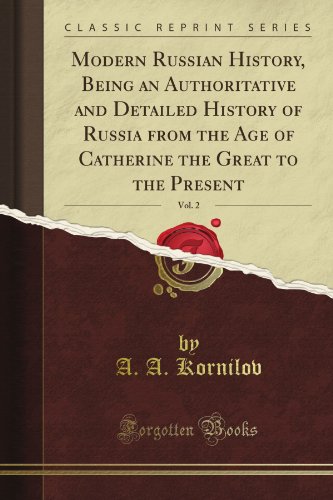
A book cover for Modern Russian History, Being an Authoritative and Detailed History of Russia from the Age of Catherine the Great to the Present, Vol. 2 (Classic Reprint); A. A. Kornilov; History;